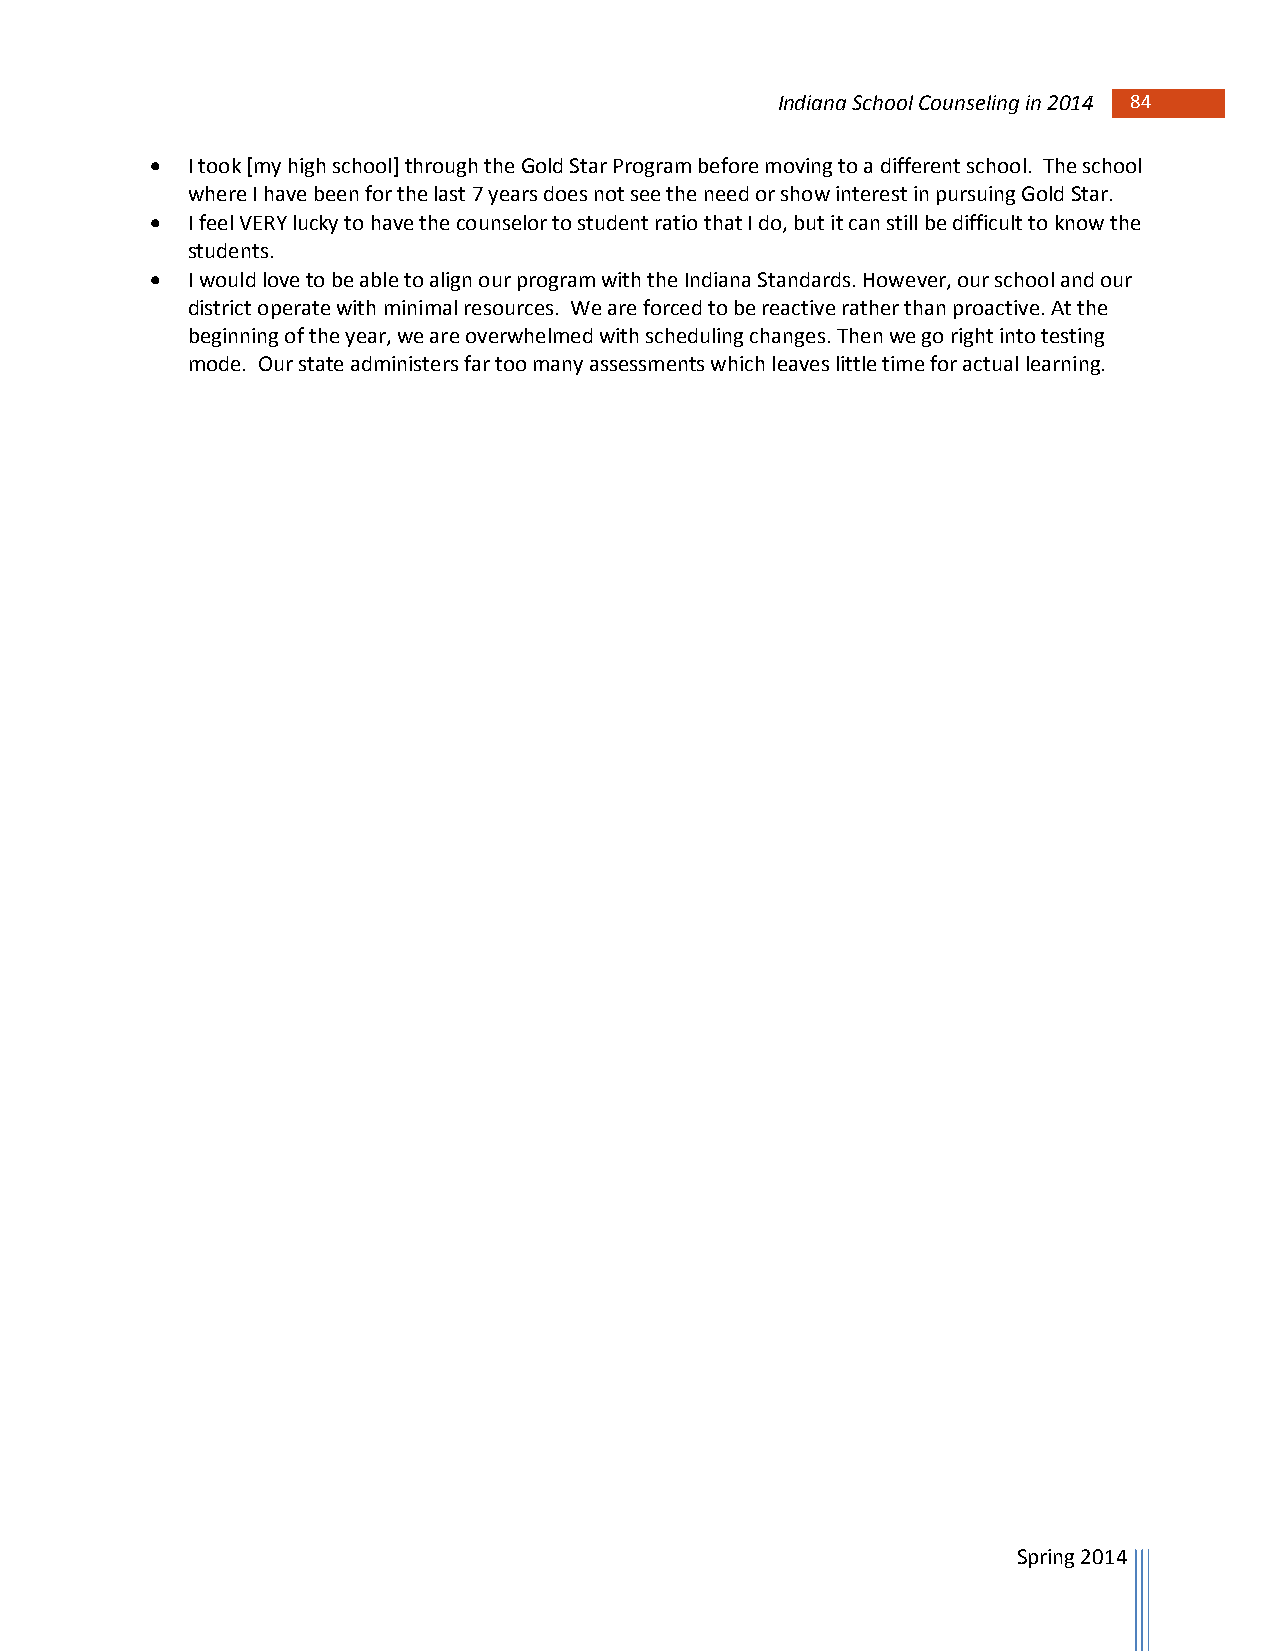
Indiana School Counseling in 2014 84 84
  I took [my high school] through the Gold Star Program before moving to a different school. The school
 where I have been for the last 7 years does not see the need or show interest in pursuing Gold Star.
  I feel VERY lucky to have the counselor to student ratio that I do, but it can still be difficult to know the
 students.
  I would love to be able to align our program with the Indiana Standards. However, our school and our
 district operate with minimal resources. We are forced to be reactive rather than proactive. At the
 beginning of the year, we are overwhelmed with scheduling changes. Then we go right into testing
 mode. Our state administers far too many assessments which leaves little time for actual learning.
 Spring 2014